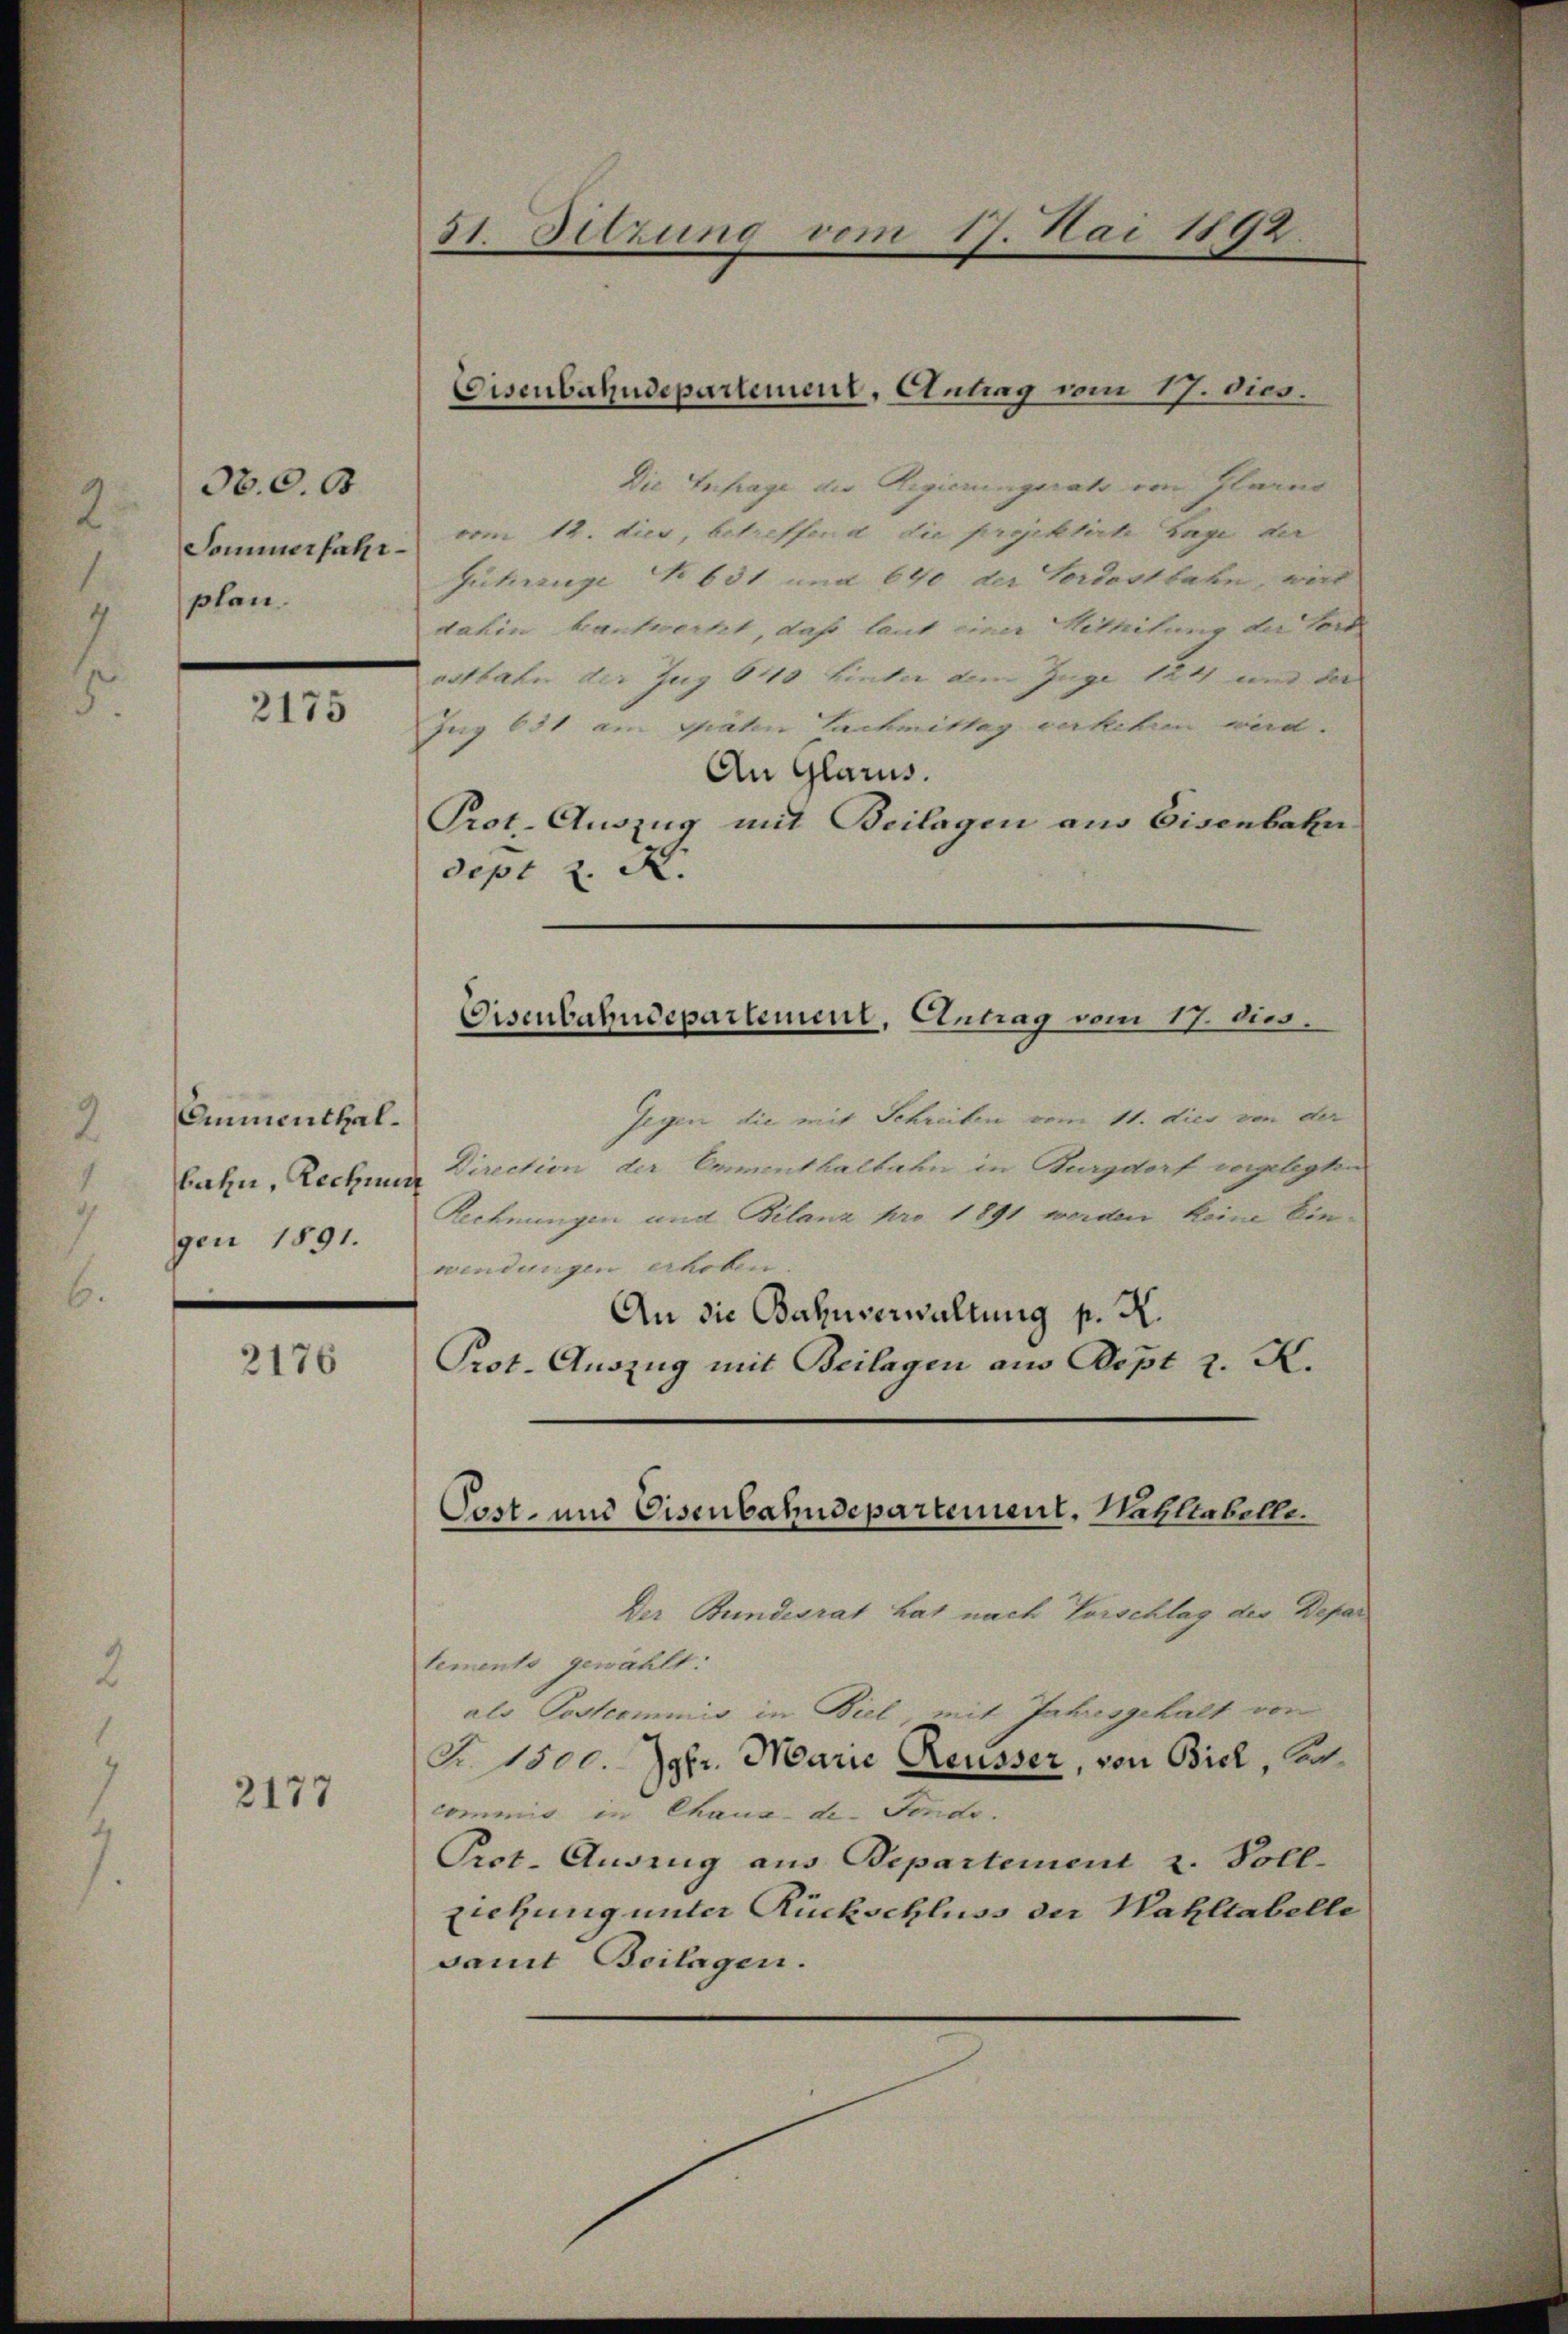
300. 3
Sommerfahr
pfen.

2175

Ammenthalbahn, Rechnun
gen 1891.

2176

2177

51. Sitzung vom 17. Mai 1892.

Die Anfrage der Regierungsrats von Glarus
vom 12. dies, betreffend die projektirte Lage ver
Guhrenge No 631 und 640 der Vordostbahn, wird
dahin kantwerkt, daß laut einer Mithilung der Tort
ostbahn der Zug 615 hinter dem Zuge 124 und der |
Jug 651 am graten Lachmittag verkehren wird.
An Glarus.
Prot. Auszug mit Beilagen aus Eisenbahn
sepi z. K.
Gegen die mit Schreiben vom 11. dies von der
Direction der Emmenthalbahn in Burgdorf vorgelegten
Rechnungen und Bilanz pro 1891 werden keine Ein-
wendungen erhoben
An die Bahnverwaltung p. X.
Prot. Auszug mit Beilagen aus Dept v. K.
Der Bundesrat hat nach Vorschlag der Depar
tements gewählt:
als Postcommis in Biel, mit Jahresgehalt von
Z. 1500. Jgfr. Marie Reusser, von Biel, Soh
commis in Chaux-de-Fonds.
Prot. Auszug aus Departement z. Poll-
ziehung unter Rückschluss der Wahltabelle
samt Beilagen.

Eisenbahndepartement, Antrag vom 17. Dies.

Disenbahndepartement, Antrag vom 17. d.

Post- und Eisenbahndepartement, Mahltabelle.